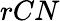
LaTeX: rCN